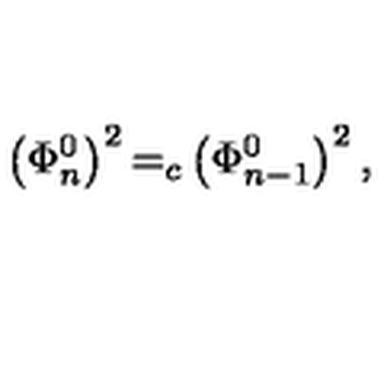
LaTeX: \left( \Phi _ { n } ^ { 0 } \right) ^ { 2 } { = } _ { c } \left( \Phi _ { n - 1 } ^ { 0 } \right) ^ { 2 } ,